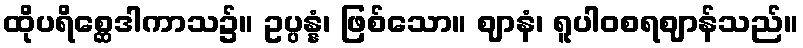
ထိုပရိစ္ဆေဒါကာသ၌။ ဥပ္ပန္နံ၊ ဖြစ်သော။ ဈာနံ၊ ရူပါဝစရဈာန်သည်။